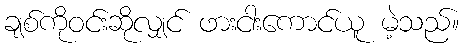
ချစ်ကိုဝင်းဆိုလျှင် ဖားငါးကောင်ယူ မဲ့သည်။